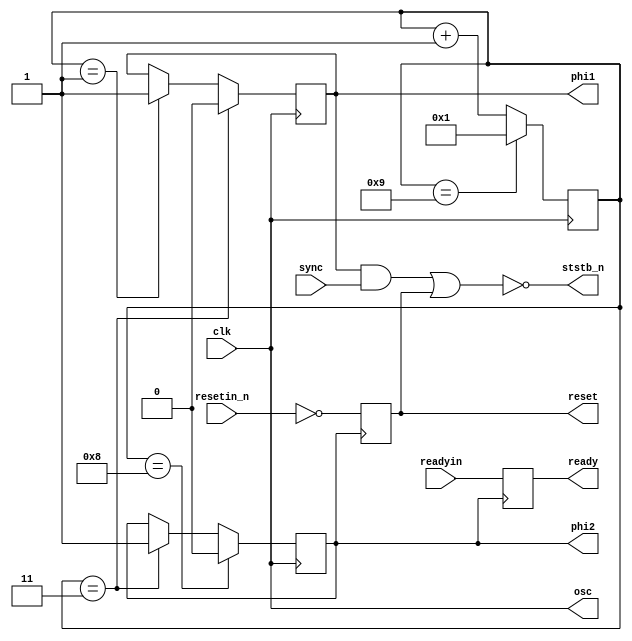
module i8224(

	// oscilator output - same as clk
	output osc,
	
	// phi 1+2 = 8080 Clocks
	output reg phi1,
	output reg phi2,
	
	// Status STB
	output ststb_n,
	
	// Reset output
	output reg reset,
	
	// Ready Output
	output reg ready,

	// clock input - instead of crystal used in real HW
	input clk,
	
	input sync,
	
	// Reset in
	input resetin_n,
	
	// Ready input from 8080
	input readyin
);

	
reg [3:0] tick;
	
assign osc = clk;	
assign ststb_n = ~( (phi1 & sync) | reset );
	

	
initial
begin
	tick = 0;
	reset = 0;
	ready = 1;
	phi1 = 1;
	phi2 = 0;
end	


always @(posedge clk) 
begin
	if (tick == 'd1)
		phi1 <= 1'b1;
		
	if (tick == 'd3) 
	begin		
		phi1 <= 1'b0;
		phi2 <= 1'b1;
	end
	
	if (tick == 'd8) 		
		phi2 <= 1'b0;
	
	if (tick == 'd9) 
		tick <= 4'd1;
	else
		tick <= tick + 1;
end


always @(posedge phi2) 
begin
	reset <= ~resetin_n;
	ready <= readyin;	
end


endmodule //i8224